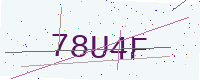
Text: 78U4F